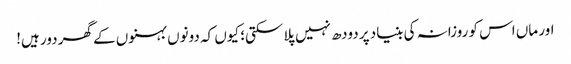
اور ماں اس کو روزانہ کی بنیاد پر دودھ نہیں پلا سکتی؛ کیوں کہ دونوں بہنوں کے گھر دور ہیں!